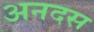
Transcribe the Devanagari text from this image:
अनदस